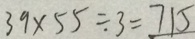
3 9 \times 5 5 \div 3 = 7 1 5